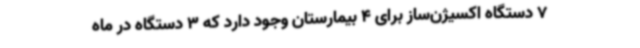
7 دستگاه اکسیژن‌ساز برای 4 بیمارستان وجود دارد که 3 دستگاه در ماه